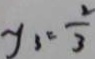
y _ { 3 } = \frac { 2 } { 3 }